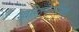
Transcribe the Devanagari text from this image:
स्वस्तिकलान्छितं